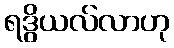
ရဒွိယလ်လာဟု